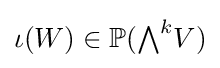
\iota ({W})\in \mathbb {P} ({\textstyle \bigwedge }^{k}V)